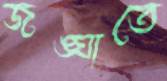
জঙ্ঘাতে